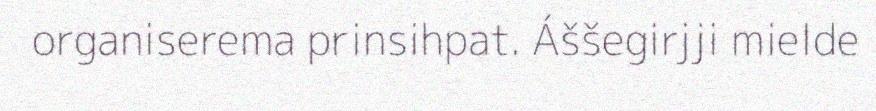
organiserema prinsihpat. Áššegirjji mielde